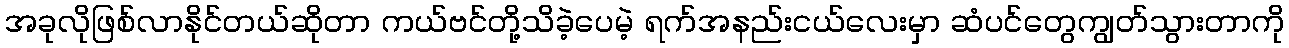
အခုလိုဖြစ်လာနိုင်တယ်ဆိုတာ ကယ်ဗင်တို့သိခဲ့ပေမဲ့ ရက်အနည်းငယ်လေးမှာ ဆံပင်တွေကျွတ်သွားတာကို